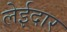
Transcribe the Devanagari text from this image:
लेईदार